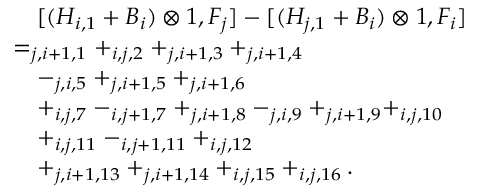
\begin{array} { r l } & { \quad [ ( H _ { i , 1 } + B _ { i } ) \otimes 1 , F _ { j } ] - [ ( H _ { j , 1 } + B _ { i } ) \otimes 1 , F _ { i } ] } \\ & { = _ { j , i + 1 , 1 } + _ { i , j , 2 } + _ { j , i + 1 , 3 } + _ { j , i + 1 , 4 } } \\ & { \quad - _ { j , i , 5 } + _ { j , i + 1 , 5 } + _ { j , i + 1 , 6 } } \\ & { \quad + _ { i , j , 7 } - _ { i , j + 1 , 7 } + _ { j , i + 1 , 8 } - _ { j , i , 9 } + _ { j , i + 1 , 9 } + _ { i , j , 1 0 } } \\ & { \quad + _ { i , j , 1 1 } - _ { i , j + 1 , 1 1 } + _ { i , j , 1 2 } } \\ & { \quad + _ { j , i + 1 , 1 3 } + _ { j , i + 1 , 1 4 } + _ { i , j , 1 5 } + _ { i , j , 1 6 } . } \end{array}